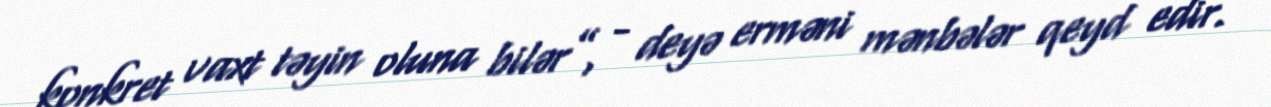
konkret vaxt təyin oluna bilər”, - deyə erməni mənbələr qeyd edir.